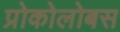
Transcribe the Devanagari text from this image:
प्रोकोलोबस